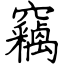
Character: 竊